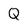
Character: Q